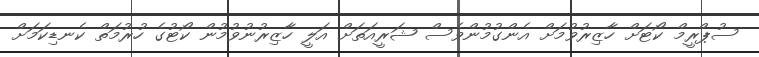
ސުޕްރީމް ކޯޓަށް ހާޒިރުވުމަށް އެންގުމުންވެސް ޝަރީއަތަށް އަލީ ހާޒިރުނުވުމުން ކޯޓުގެ ހުރުމަތް ކެނޑިކަމަށް